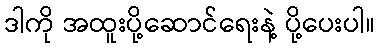
ဒါကို အထူးပို့ဆောင်ရေးနဲ့ ပို့ပေးပါ။